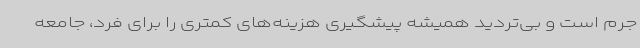
جرم است و بی‌تردید همیشه پیشگیری هزینه‌های کمتری را برای فرد، جامعه